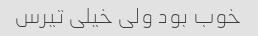
خوب بود ولی خیلی تیرس